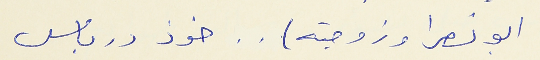
ابو نصرا وزوجته) . . خوذ درباس